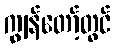
ကျွန်တော့်တွင်